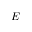
E